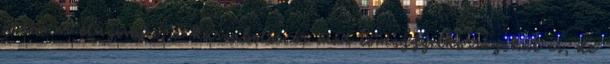
érdemes elnyomni, a kaszabolós és más tömeggyilkosságokat is, de